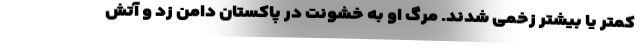
کمتر یا بیشتر زخمی شدند. مرگ او به خشونت در پاکستان دامن زد و آتش